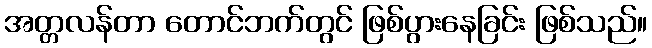
အတ္တလန်တာ တောင်ဘက်တွင် ဖြစ်ပွားနေခြင်း ဖြစ်သည်။